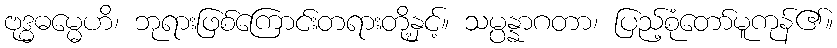
ဗုဒ္ဓဓမ္မေဟိ၊ ဘုရားဖြစ်ကြောင်းတရားတို့နှင့်။ သမ္ပန္နာဂတာ၊ ပြည့်စုံတော်မူကုန်၏။